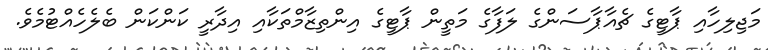
މަޖިލިހާއި ޕާޓީގެ ޗެއާޕާސަންގެ ލަފާގެ މަތީން ޕާޓީގެ އިންތިޒާމްތަކާއި އިދާރީ ކަންކަން ބެލެހެއްޓުމެވެ.